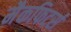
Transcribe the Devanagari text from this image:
मैकफिटर्स